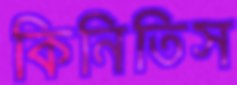
কিনিতিস